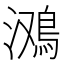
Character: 𱈤